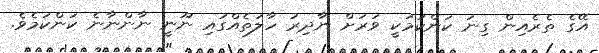
އޭގެ ތެރެއިން ގިނަ ކަންކަމަކީ ވަރަށް ނާދިރު ހާލަތެއްގައި ނޫނީ ނާންނާނެ ކަންކަމެވެ.